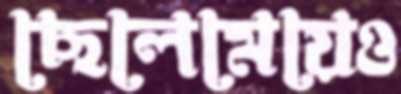
ছেলেমেয়েও